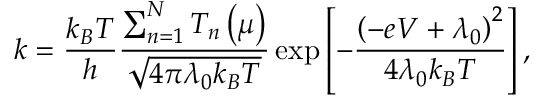
k = \frac { k _ { B } T } { h } \frac { \sum _ { n = 1 } ^ { N } T _ { n } \left( \mu \right) } { \sqrt { 4 \pi \lambda _ { 0 } k _ { B } T } } \exp \left[ - \frac { \left( - e V + \lambda _ { 0 } \right) ^ { 2 } } { 4 \lambda _ { 0 } k _ { B } T } \right] ,